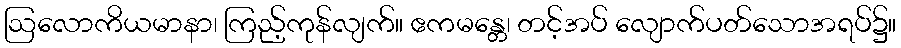
ဩလောကိယမာနာ၊ ကြည့်ကုန်လျက်။ ဧကမန္တေ၊ တင့်အပ် လျောက်ပတ်သောအရပ်၌။